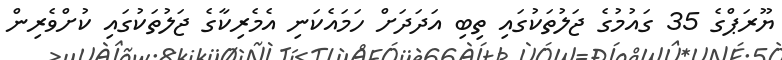
ޔޫރަޕްގެ 35 ގައުމުގެ ޖަލުތަކުގައި ތިބި އަދަދަށް ހަމައެކަނި އެމެރިކާގެ ޖަލުތަކުގައި ކުށްވެރިން